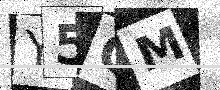
Text: Y5QM